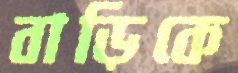
বাড়িকে